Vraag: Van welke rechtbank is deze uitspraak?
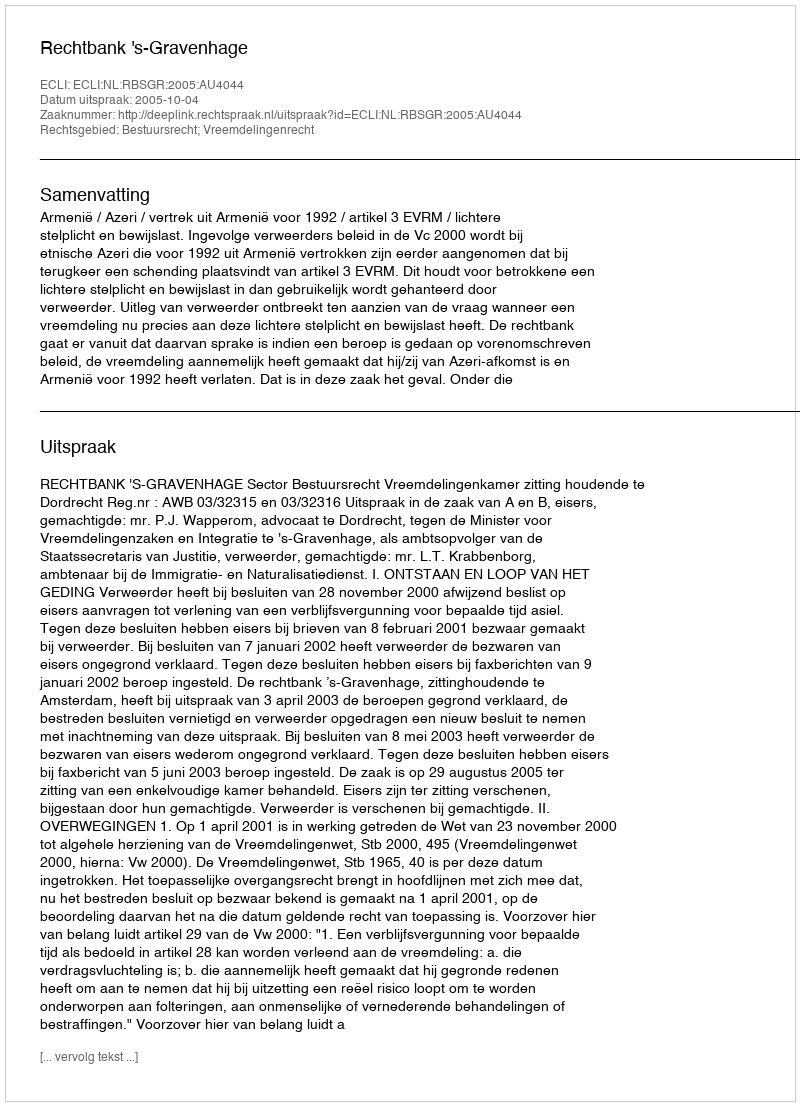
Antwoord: Rechtbank 's-Gravenhage